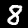
Label: 8